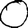
Digit: 0